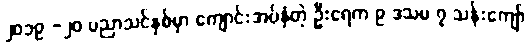
၂၀၁၉ -၂၀ ပညာသင်နှစ်မှာ ကျောင်းအပ်နှံတဲ့ ဦးရေက ၉ ဒသမ ၇ သန်းကျော်